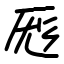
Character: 厖